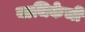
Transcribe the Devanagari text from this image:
याचिकेची